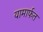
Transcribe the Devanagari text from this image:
यामार्फत